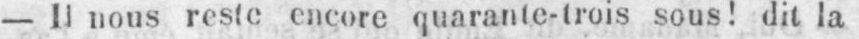
- Il nous reste encore quarante-trois sous! dit la